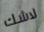
لاشك